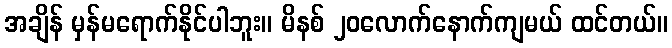
အချိန် မှန်မရောက်နိုင်ပါဘူး။ မိနစ် ၂၀လောက်နောက်ကျမယ် ထင်တယ်။